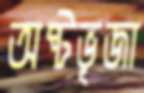
অষ্টভূজা